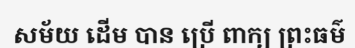
សម័យ ដើម បាន ប្រើ ពាក្យ ព្រះធម៌